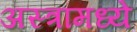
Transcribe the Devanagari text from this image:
अस्त्रांमध्ये